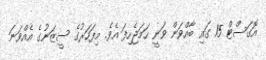
އޮގަސްޓް 15 ގައި ބާއްވަން ވަނީ ހަމަޖެހިފަ އެވެ. މިފަހަރުގެ ސީޒަނުގެ އެއްވަނަ